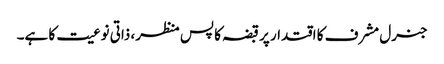
جنرل مشرف کا اقتدار پر قبضہ کا پس منظر، ذاتی نوعیت کا ہے۔